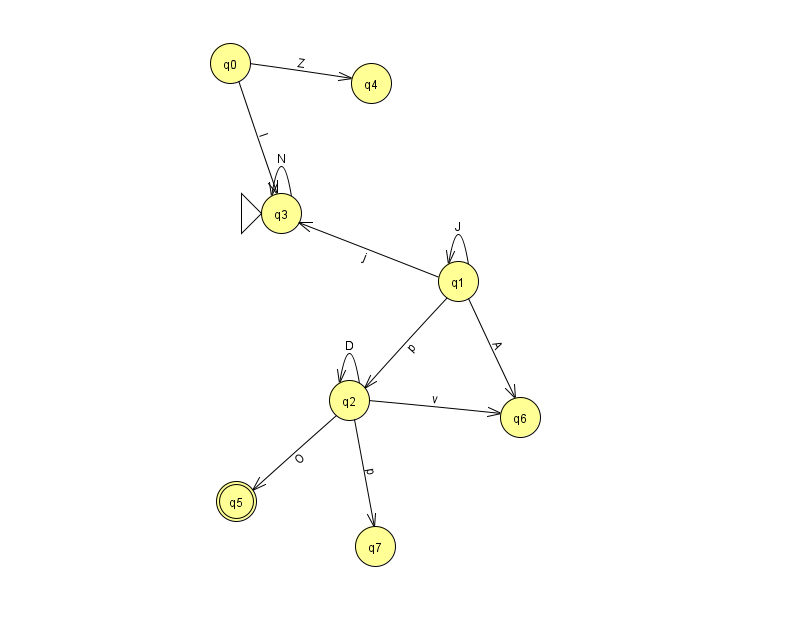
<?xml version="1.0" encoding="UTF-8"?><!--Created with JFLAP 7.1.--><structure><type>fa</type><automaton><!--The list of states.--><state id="0" name="q0"><x>230.0</x><y>50.0</y></state><state id="1" name="q1"><x>458.0</x><y>268.0</y></state><state id="2" name="q2"><x>349.0</x><y>387.0</y></state><state id="3" name="q3"><x>281.0</x><y>200.0</y><initial/></state><state id="4" name="q4"><x>371.0</x><y>70.0</y></state><state id="5" name="q5"><x>236.0</x><y>488.0</y><final/></state><state id="6" name="q6"><x>520.0</x><y>404.0</y></state><state id="7" name="q7"><x>375.0</x><y>533.0</y></state><!--The list of transitions.--><transition><from>2</from><to>6</to><read>v</read></transition><transition><from>2</from><to>7</to><read>p</read></transition><transition><from>0</from><to>3</to><read>I</read></transition><transition><from>2</from><to>2</to><read>D</read></transition><transition><from>0</from><to>4</to><read>Z</read></transition><transition><from>1</from><to>1</to><read>J</read></transition><transition><from>1</from><to>3</to><read>j</read></transition><transition><from>1</from><to>6</to><read>A</read></transition><transition><from>2</from><to>5</to><read>O</read></transition><transition><from>1</from><to>2</to><read>p</read></transition><transition><from>3</from><to>3</to><read>N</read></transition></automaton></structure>